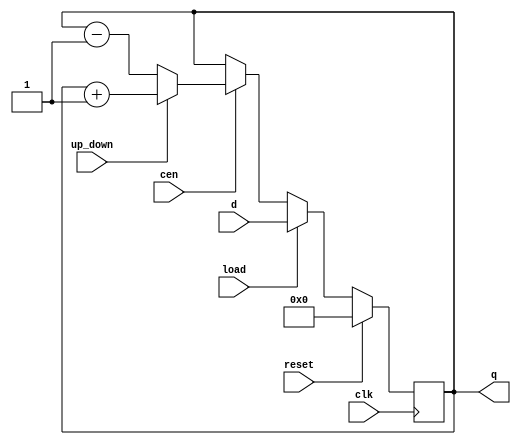
module loadable_counter (
    input wire clk,               // Clock signal
    input wire reset,             // Synchronous reset
    input wire load,              // Load enable
    input wire cen,               // Count enable
    input wire up_down,           // Up/Down control (1 for up, 0 for down)
    input wire [N-1:0] d,         // Data input for loading
    output reg [N-1:0] q          // Count output
);
    parameter N = 8;              // Width of the counter (can be adjusted)

    always @(posedge clk) begin
        if (reset) begin
            q <= 0;               // Reset the counter to 0
        end else if (load) begin
            q <= d;               // Load the input value into the counter
        end else if (cen) begin
            if (up_down) begin
                q <= q + 1;       // Increment the counter
            end else begin
                q <= q - 1;       // Decrement the counter
            end
        end
        // If cen is not asserted, the counter holds its value
    end
endmodule